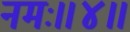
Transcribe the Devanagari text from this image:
नमः॥४॥